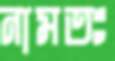
নামতঃ